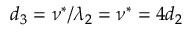
d _ { 3 } = \nu ^ { * } / \lambda _ { 2 } = \nu ^ { * } = 4 d _ { 2 }